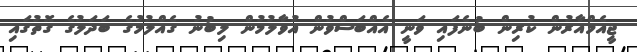
ޖީއެމްއާރުން ކުރިން ބުނެފައި ވަނީ އެއްބަސްވުން އުވާލުމުން ލިބުނު ގެއްލުމުގެ ބަދަލުގެ ގޮތުގައި